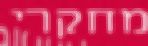
מחקרי